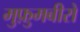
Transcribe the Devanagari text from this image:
मुफ़ुमबीरो